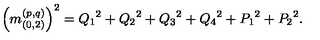
\left( m _ { ( 0 , 2 ) } ^ { ( p , q ) } \right) ^ { 2 } = { Q _ { 1 } } ^ { 2 } + { Q _ { 2 } } ^ { 2 } + { Q _ { 3 } } ^ { 2 } + { Q _ { 4 } } ^ { 2 } + { P _ { 1 } } ^ { 2 } + { P _ { 2 } } ^ { 2 } .